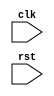
module HierarchicalFSM (
    input wire clk,
    input wire rst,
    // define inputs and outputs for each block here
);

// declare internal signals and variables here

// define states for each block here

// define state transition logic for each block here

// instantiate each block and connect them hierarchically here

endmodule